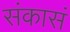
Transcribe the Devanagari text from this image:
संकासं